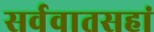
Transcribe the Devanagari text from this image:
सर्ववातसहां